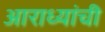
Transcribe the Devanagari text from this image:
आराध्यांची